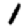
Digit: 1